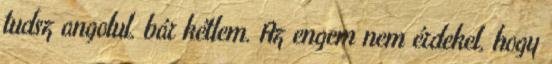
tudsz angolul, bár kétlem. Az engem nem érdekel, hogy